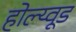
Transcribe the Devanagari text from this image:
होल्य्वूड